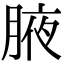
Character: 腋